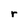
Character: r